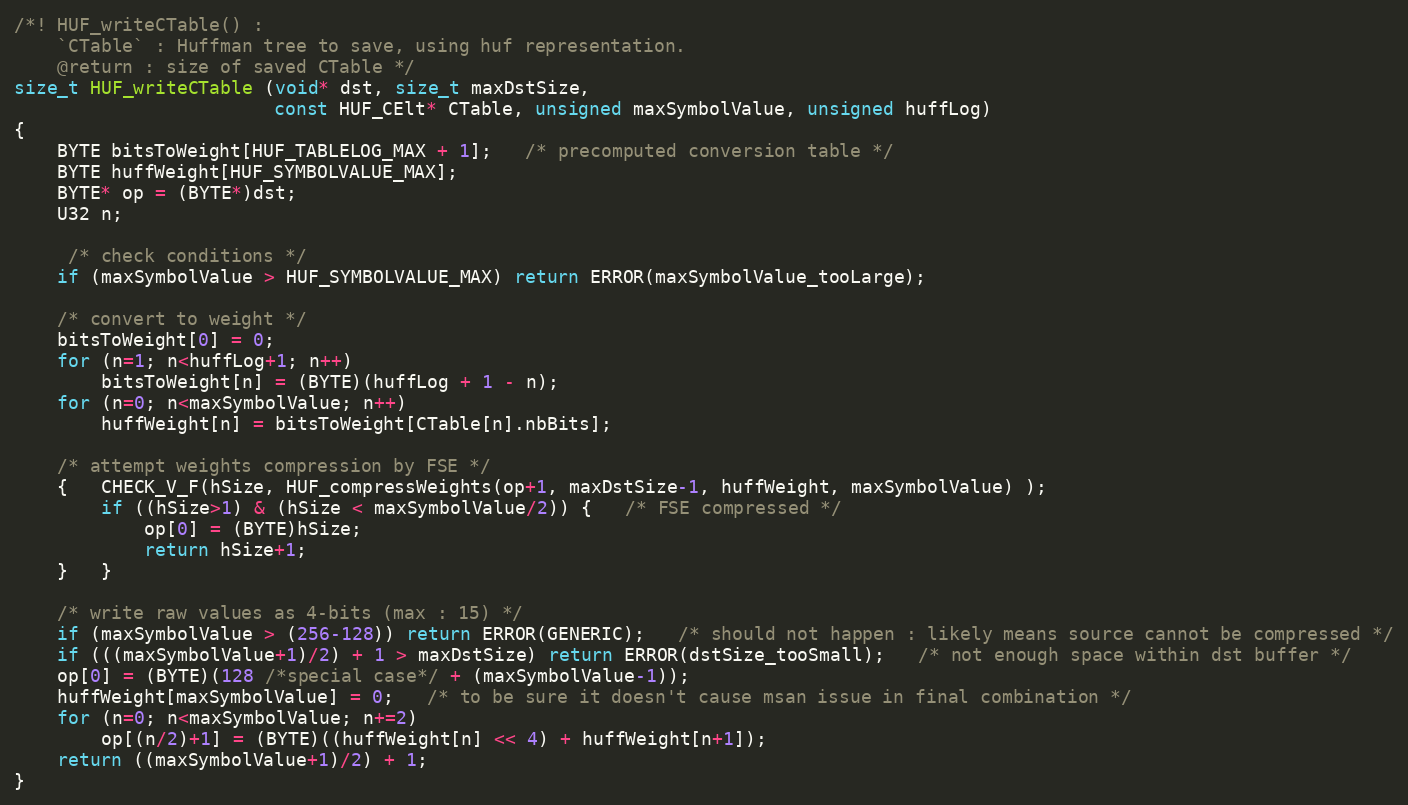
Language: C
/*! HUF_writeCTable() :
    `CTable` : Huffman tree to save, using huf representation.
    @return : size of saved CTable */
size_t HUF_writeCTable (void* dst, size_t maxDstSize,
                        const HUF_CElt* CTable, unsigned maxSymbolValue, unsigned huffLog)
{
    BYTE bitsToWeight[HUF_TABLELOG_MAX + 1];   /* precomputed conversion table */
    BYTE huffWeight[HUF_SYMBOLVALUE_MAX];
    BYTE* op = (BYTE*)dst;
    U32 n;

     /* check conditions */
    if (maxSymbolValue > HUF_SYMBOLVALUE_MAX) return ERROR(maxSymbolValue_tooLarge);

    /* convert to weight */
    bitsToWeight[0] = 0;
    for (n=1; n<huffLog+1; n++)
        bitsToWeight[n] = (BYTE)(huffLog + 1 - n);
    for (n=0; n<maxSymbolValue; n++)
        huffWeight[n] = bitsToWeight[CTable[n].nbBits];

    /* attempt weights compression by FSE */
    {   CHECK_V_F(hSize, HUF_compressWeights(op+1, maxDstSize-1, huffWeight, maxSymbolValue) );
        if ((hSize>1) & (hSize < maxSymbolValue/2)) {   /* FSE compressed */
            op[0] = (BYTE)hSize;
            return hSize+1;
    }   }

    /* write raw values as 4-bits (max : 15) */
    if (maxSymbolValue > (256-128)) return ERROR(GENERIC);   /* should not happen : likely means source cannot be compressed */
    if (((maxSymbolValue+1)/2) + 1 > maxDstSize) return ERROR(dstSize_tooSmall);   /* not enough space within dst buffer */
    op[0] = (BYTE)(128 /*special case*/ + (maxSymbolValue-1));
    huffWeight[maxSymbolValue] = 0;   /* to be sure it doesn't cause msan issue in final combination */
    for (n=0; n<maxSymbolValue; n+=2)
        op[(n/2)+1] = (BYTE)((huffWeight[n] << 4) + huffWeight[n+1]);
    return ((maxSymbolValue+1)/2) + 1;
}